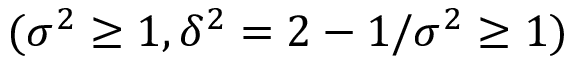
( \sigma ^ { 2 } \ge 1 , \delta ^ { 2 } = 2 - 1 / \sigma ^ { 2 } \ge 1 )